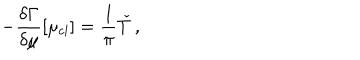
LaTeX: - \frac { \delta \Gamma } { \delta \mu } [ \mu _ { \mathrm { c l } } ] = \frac { 1 } { \pi } \check { T } \, ,